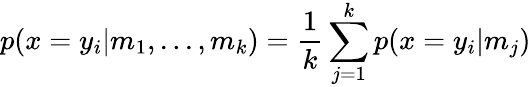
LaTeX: p(x=y_{i}|m_{1},...,m_{k})=\frac{1}{k}\sum_{j=1}^{k}p(x=y_{i}|m_{j})